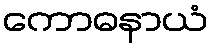
ကောဓနာယံ